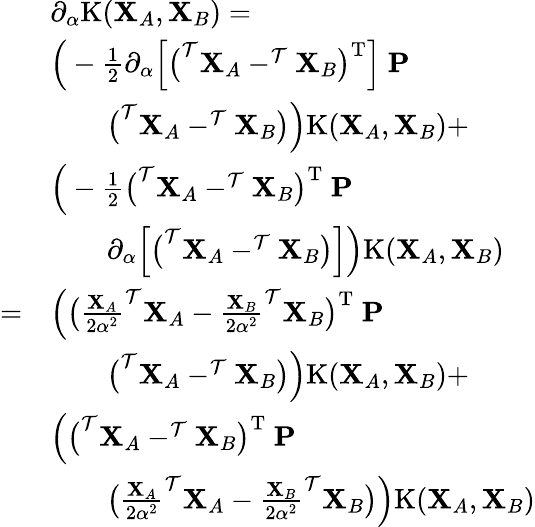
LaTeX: \begin{array}{rl}&{\partial_{\alpha}\mathrm{K}(\mathbf{X}_{A},\mathbf{X}_{B})=}\\ &{\Big(-\frac{1}{2}\partial_{\alpha}\Big[\big(^{\mathcal{T}}\mathbf{X}_{A}-^{\mathcal{T}}\mathbf{X}_{B}\big)^{\mathrm{T}}\Big]\ \mathbf{P}}\\ &{\qquad\big(^{\mathcal{T}}\mathbf{X}_{A}-^{\mathcal{T}}\mathbf{X}_{B}\big)\Big)\mathrm{K}(\mathbf{X}_{A},\mathbf{X}_{B})+}\\ &{\Big(-\frac{1}{2}\big(^{\mathcal{T}}\mathbf{X}_{A}-^{\mathcal{T}}\mathbf{X}_{B}\big)^{\mathrm{T}}\ \mathbf{P}}\\ &{\qquad\partial_{\alpha}\Big[\big(^{\mathcal{T}}\mathbf{X}_{A}-^{\mathcal{T}}\mathbf{X}_{B}\big)\Big]\Big)\mathrm{K}(\mathbf{X}_{A},\mathbf{X}_{B})}\\ {=}&{\Big(\big(\frac{\mathbf{X}_{A}}{2\alpha^{2}}^{\mathcal{T}}\mathbf{X}_{A}-\frac{\mathbf{X}_{B}}{2\alpha^{2}}^{\mathcal{T}}\mathbf{X}_{B}\big)^{\mathrm{T}}\ \mathbf{P}}\\ &{\qquad\big(^{\mathcal{T}}\mathbf{X}_{A}-^{\mathcal{T}}\mathbf{X}_{B}\big)\Big)\mathrm{K}(\mathbf{X}_{A},\mathbf{X}_{B})+}\\ &{\Big(\big(^{\mathcal{T}}\mathbf{X}_{A}-^{\mathcal{T}}\mathbf{X}_{B}\big)^{\mathrm{T}}\ \mathbf{P}}\\ &{\qquad\big(\frac{\mathbf{X}_{A}}{2\alpha^{2}}^{\mathcal{T}}\mathbf{X}_{A}-\frac{\mathbf{X}_{B}}{2\alpha^{2}}^{\mathcal{T}}\mathbf{X}_{B}\big)\Big)\mathrm{K}(\mathbf{X}_{A},\mathbf{X}_{B})}\end{array}